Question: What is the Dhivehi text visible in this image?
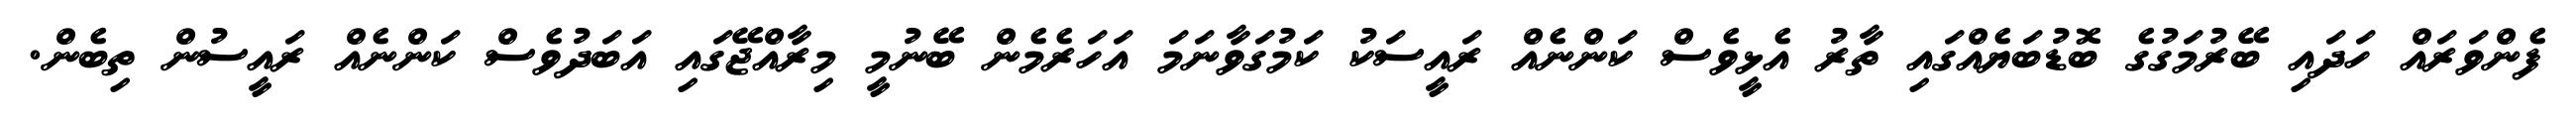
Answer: ފެންވަރައް ހަދައި ބޭރުމަގުގެ ބޮޑުބަޔެއްގައި ތާރު އެޅީވެސް ކަންނެއް ރައީސަކު ކަމުގަވާނަމަ އަހަރެމެން ބޭނުމީ މިރާއްޖޭގައި އަބަދުވެސް ކަންނެއް ރައީސުން ތިބެން.